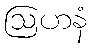
ဩဟနံ